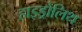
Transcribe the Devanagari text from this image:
हाइड्रोलिथ